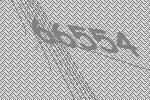
66554